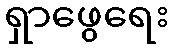
ရှာဖွေရေး